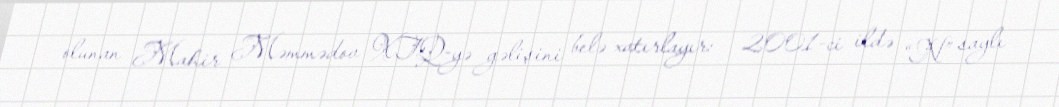
olunan Mahir Məmmədov XTQ-yə gəlişini belə xatırlayır: - 2001-ci ildə “N” saylı